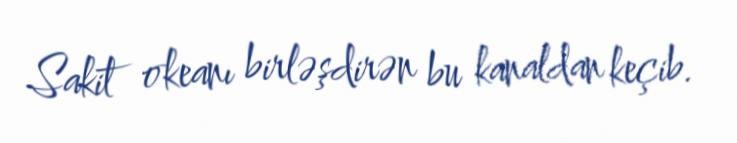
Sakit okeanı birləşdirən bu kanaldan keçib.